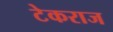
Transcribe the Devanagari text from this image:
टेकराज